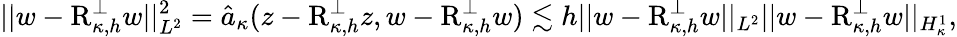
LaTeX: \lvert|w-\textup{R}_{\kappa,h}^{\perp}w\rvert|_{L^{2}}^{2}=\hat{a}_{\kappa}(z-\textup{R}_{\kappa,h}^{\perp}z,w-\textup{R}_{\kappa,h}^{\perp}w)\lesssim h\lvert|w-\textup{R}_{\kappa,h}^{\perp}w\rvert|_{L^{2}}\lvert|w-\textup{R}_{\kappa,h}^{\perp}w\rvert|_{H_{\kappa}^{1}},